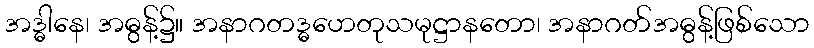
အဒ္ဓါနေ၊ အဓွန့်၌။ အနာဂတဒ္ဓဟေတုသမုဋ္ဌာနတော၊ အနာဂတ်အဓွန့်ဖြစ်သော